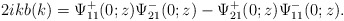
\begin{align*}2ikb(k)=\Psi^+_{11}(0 ;z) \Psi^-_{21}(0;z)-\Psi^+_{21}(0;z) \Psi^-_{11}(0;z).\end{align*}